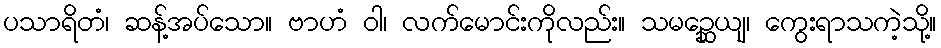
ပသာရိတံ၊ ဆန့်အပ်သော။ ဗာဟံ ဝါ၊ လက်မောင်းကိုလည်း။ သမဉ္ဆေယျ၊ ကွေးရာသကဲ့သို့။